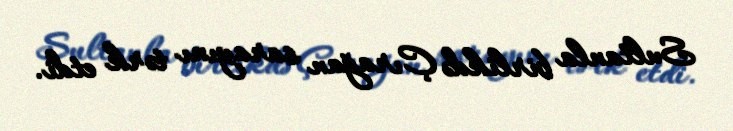
Sultanla birlikdə Çırağan sarayını tərk etdi.